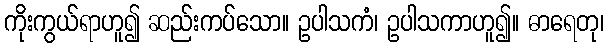
ကိုးကွယ်ရာဟူ၍ ဆည်းကပ်သော။ ဥပါသကံ၊ ဥပါသကာဟူ၍။ ဓာရေတု၊